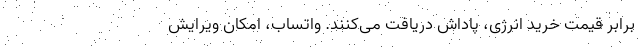
برابر قیمت خرید انرژی، پاداش دریافت می‌کنند. واتساب، امکان ویرایش